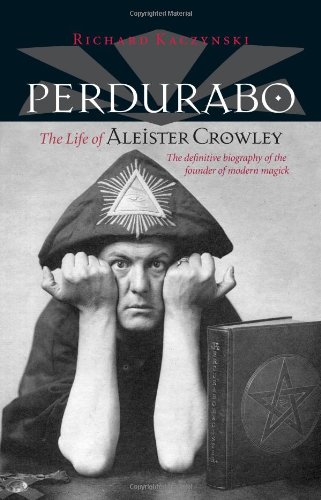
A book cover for Perdurabo, Revised and Expanded Edition: The Life of Aleister Crowley; Richard Kaczynski; Biographies & Memoirs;